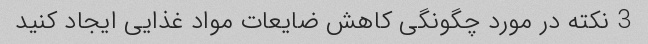
3 نکته در مورد چگونگی کاهش ضایعات مواد غذایی ایجاد کنید